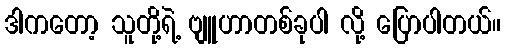
ဒါကတော့ သူတို့ရဲ့ ဗျူဟာတစ်ခုပါ လို့ ပြောပါတယ်။